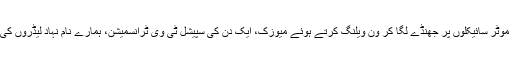
وہ تصویریں جن کی چیخیں آتش بازی، گاڑیوں اور موٹر سائیکلوں پر جھنڈے لگا کر ون ویلنگ کرتے ہوئے میوزک، ایک دن کی سپیشل ٹی وی ٹرانسمیشن، ہمارے نام نہاد لیڈروں کی پر جوش تقاریر کی آوازوں میں کہیں دب گیئں ہیں۔